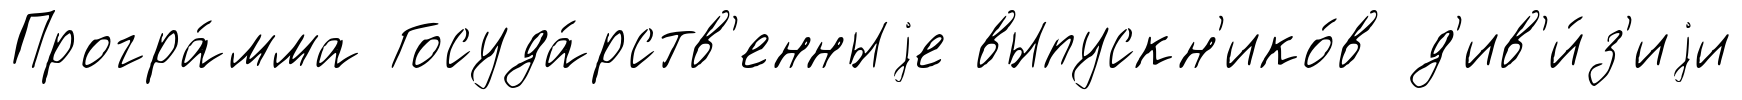
Програ́мма Госуда́рств'енныjе выпускн'ико́в д'ив'и́з'иjи